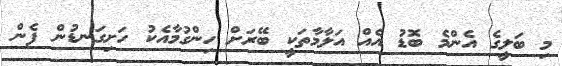
މި ބަލީގެ އެންމެ ބޮޑު އެއް އަލާމާތަކީ ބޭރަށް ހިންގުމާއެކު ހަށިގަނޑުން ފެން